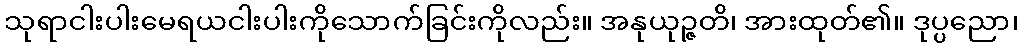
သုရာငါးပါးမေရယငါးပါးကိုသောက်ခြင်းကိုလည်း။ အနုယုဉ္ဇတိ၊ အားထုတ်၏။ ဒုပ္ပညော၊